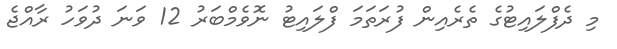
މި ދެފްލައިޓުގެ ތެރެއިން ފުރަތަމަ ފްލައިޓު ނޮވެމްބަރު 12 ވަނަ ދުވަހު ރާއްޖެ